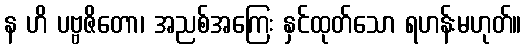
န ဟိ ပဗ္ဗဇိတော၊ အညစ်အကြေး နှင်ထုတ်သော ရဟန်းမဟုတ်။